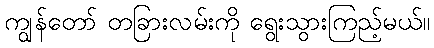
ကျွန်တော် တခြားလမ်းကို ရွေးသွားကြည့်မယ်။